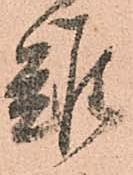
難